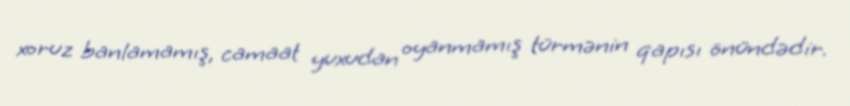
xoruz banlamamış, camaat yuxudan oyanmamış türmənin qapısı önündədir.